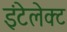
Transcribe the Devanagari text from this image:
इंटेलेक्ट